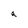
Character: a